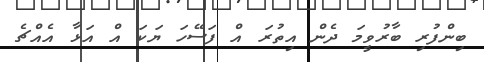
ބިންފުރި ބާރުވީމަ ދެން އިތުރަ އް ފަސޭހަ ޔަކަ އް އަޅާ އެއްޗެ